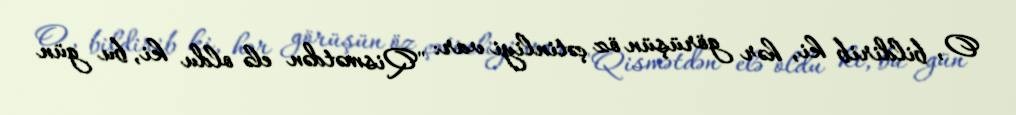
O, bildirib ki, hər görüşün öz çətinliyi var: "Qismətdən elə oldu ki, bu gün